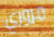
مروري